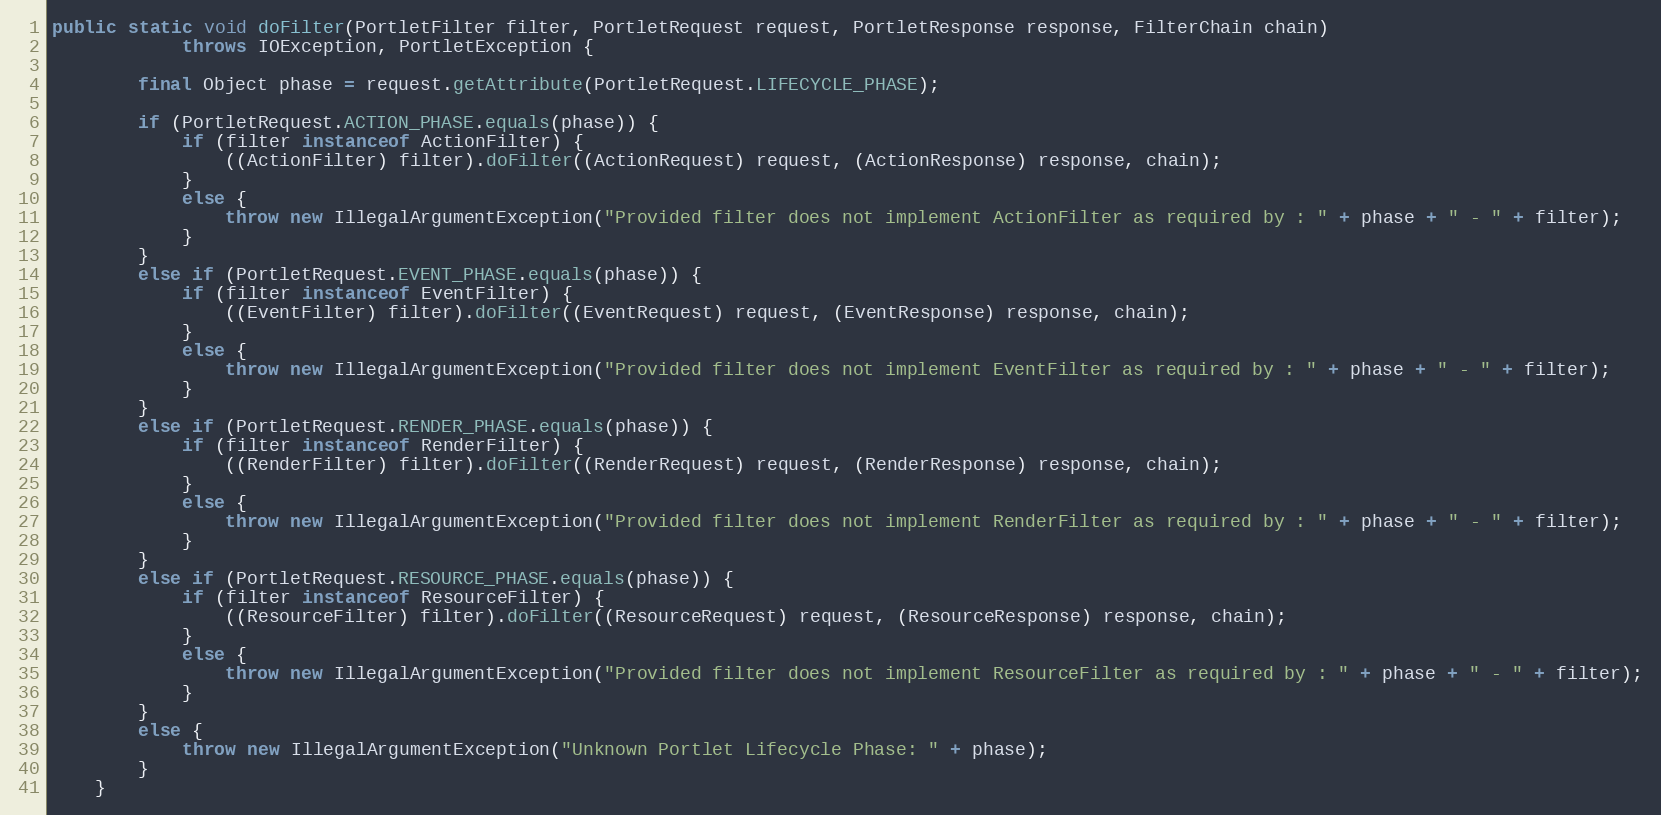
Language: Java
public static void doFilter(PortletFilter filter, PortletRequest request, PortletResponse response, FilterChain chain)
            throws IOException, PortletException {

        final Object phase = request.getAttribute(PortletRequest.LIFECYCLE_PHASE);

        if (PortletRequest.ACTION_PHASE.equals(phase)) {
            if (filter instanceof ActionFilter) {
                ((ActionFilter) filter).doFilter((ActionRequest) request, (ActionResponse) response, chain);
            }
            else {
                throw new IllegalArgumentException("Provided filter does not implement ActionFilter as required by : " + phase + " - " + filter);
            }
        }
        else if (PortletRequest.EVENT_PHASE.equals(phase)) {
            if (filter instanceof EventFilter) {
                ((EventFilter) filter).doFilter((EventRequest) request, (EventResponse) response, chain);
            }
            else {
                throw new IllegalArgumentException("Provided filter does not implement EventFilter as required by : " + phase + " - " + filter);
            }
        }
        else if (PortletRequest.RENDER_PHASE.equals(phase)) {
            if (filter instanceof RenderFilter) {
                ((RenderFilter) filter).doFilter((RenderRequest) request, (RenderResponse) response, chain);
            }
            else {
                throw new IllegalArgumentException("Provided filter does not implement RenderFilter as required by : " + phase + " - " + filter);
            }
        }
        else if (PortletRequest.RESOURCE_PHASE.equals(phase)) {
            if (filter instanceof ResourceFilter) {
                ((ResourceFilter) filter).doFilter((ResourceRequest) request, (ResourceResponse) response, chain);
            }
            else {
                throw new IllegalArgumentException("Provided filter does not implement ResourceFilter as required by : " + phase + " - " + filter);
            }
        }
        else {
            throw new IllegalArgumentException("Unknown Portlet Lifecycle Phase: " + phase);
        }
    }